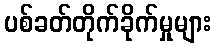
ပစ်ခတ်တိုက်ခိုက်မှုများ